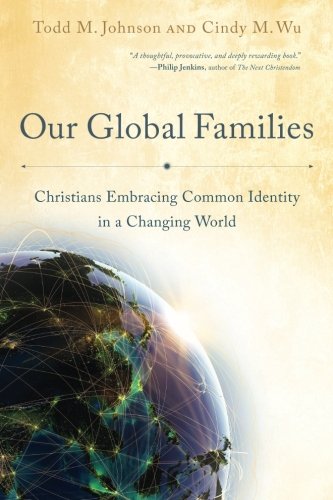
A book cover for Our Global Families: Christians Embracing Common Identity in a Changing World; Todd M. Johnson; Christian Books & Bibles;